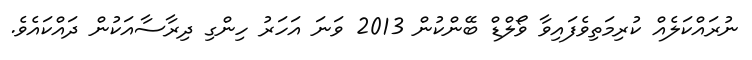
ނުރައްކަލެއް ކުރިމަތިވެފައިވާ ވޯލްޑް ބޭންކުން 2013 ވަނަ އަހަރު ހިންގި ދިރާސާއަކުން ދައްކައެވެ.